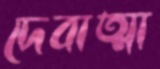
দেবাত্মা